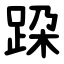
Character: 跥